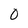
Character: 0